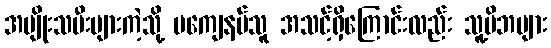
အမျိုးသမီးများကဲ့သို့ မကျေနပ်သူ အသင့်ရှိကြောင်းလည်း သူ့မိဘများ